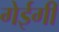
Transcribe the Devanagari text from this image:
गेईगी